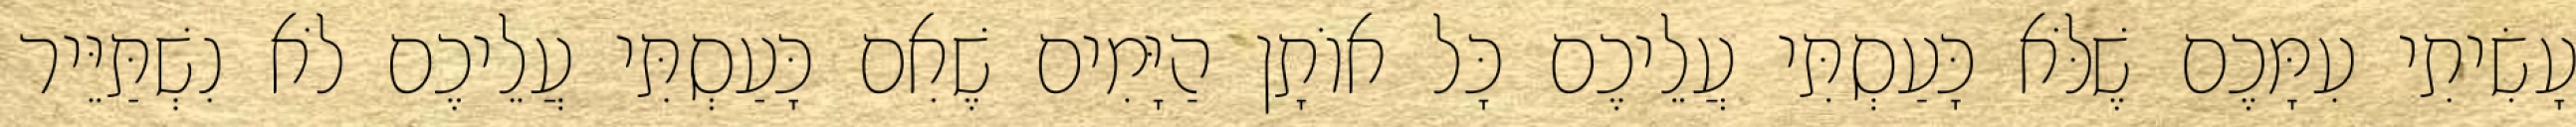
עָשִׂיתִי עִמָּכֶם שֶׁלֹּא כָּעַסְתִּי עֲלֵיכֶם כָּל אוֹתָן הַיָּמִים שֶׁאִם כָּעַסְתִּי עֲלֵיכֶם לֹא נִשְׁתַּיֵּיר